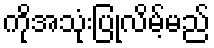
ကိုအသုံးပြုလိမ့်မည်